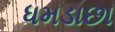
ધમડાછા